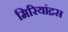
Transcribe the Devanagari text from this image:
मिरियांद्रस